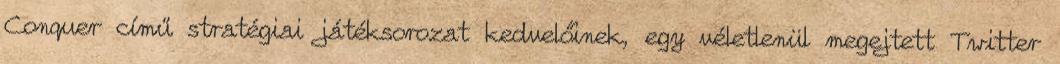
Conquer című stratégiai játéksorozat kedvelőinek, egy véletlenül megejtett Twitter